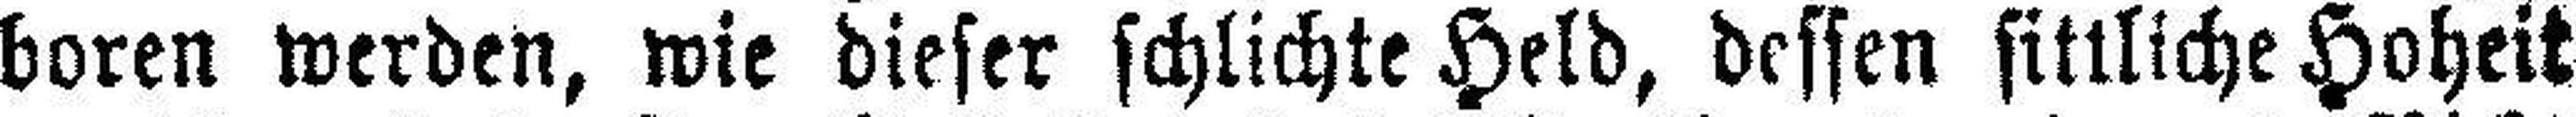
boren werden, wie dieser schlichte Held, dessen sittliche Hoheit